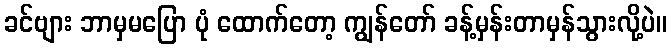
ခင်ဗျား ဘာမှမပြော ပုံ ထောက်တော့ ကျွန်တော် ခန့်မှန်းတာမှန်သွားလို့ပဲ။